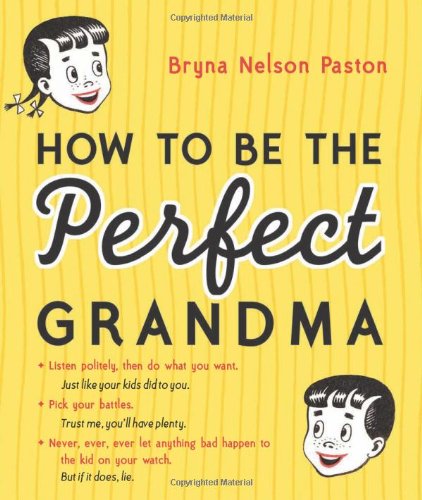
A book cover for How to Be the Perfect Grandma; Bryna Paston; Parenting & Relationships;